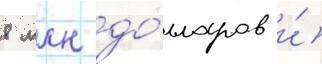
8 млн до́лларов и́